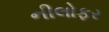
નીલોફર